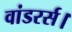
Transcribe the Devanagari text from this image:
वांडरर्स।